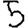
Digit: 5